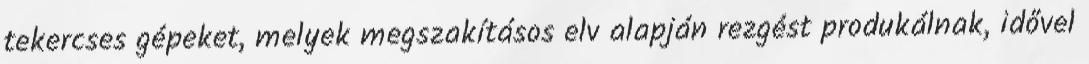
tekercses gépeket, melyek megszakításos elv alapján rezgést produkálnak, idővel